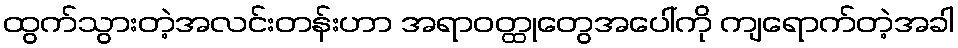
ထွက်သွားတဲ့အလင်းတန်းဟာ အရာဝတ္ထုတွေအပေါ်ကို ကျရောက်တဲ့အခါ